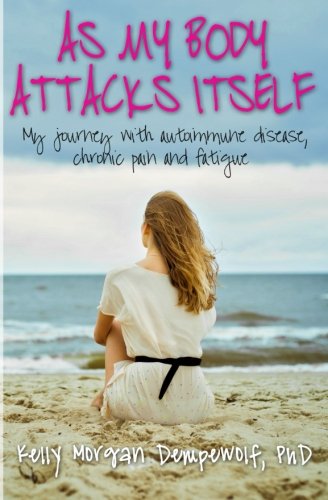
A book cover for As my body attacks itself: My journey with autoimmune disease, chronic pain & fatigue; Kelly Morgan Dempewolf; Health, Fitness & Dieting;